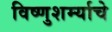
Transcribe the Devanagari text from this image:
विष्णुशर्म्याचे